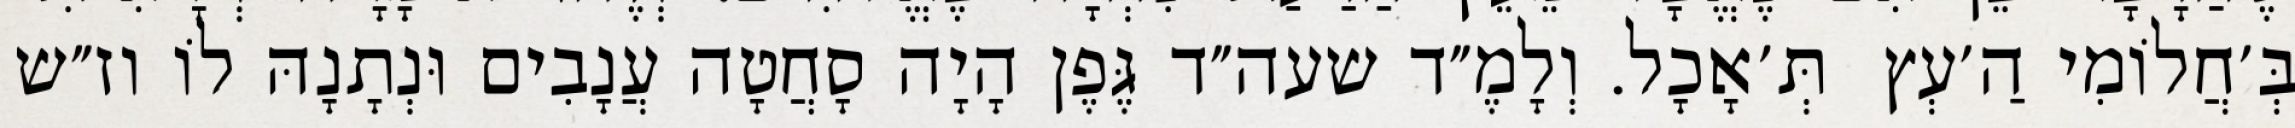
בְּ׳חֲלוֹמִי הַ׳עְץ  תְּ׳אָכָל. וְלָמֶ״ד שעה״ד גֶּפֶן הָיָה סָחֲטָה עֲנָבִים וּנְתָנָהּ לוֹ וז״ש